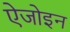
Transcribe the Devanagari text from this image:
ऐजोइन